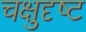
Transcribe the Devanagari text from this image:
चक्षुदृष्ट